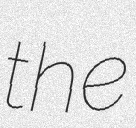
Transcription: the